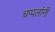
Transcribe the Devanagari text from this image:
चप्पलांनी